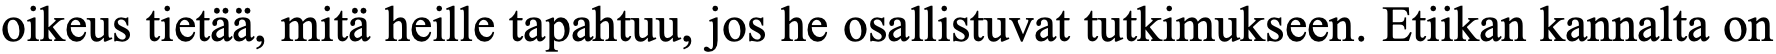
oikeus tietää, mitä heille tapahtuu, jos he osallistuvat tutkimukseen. Etiikan kannalta on